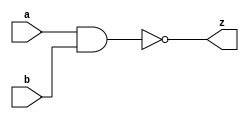
`timescale 1ns / 1ps
//////////////////////////////////////////////////////////////////////////////////
// Company: 
// Engineer: 
// 
// Design Name: 
// Module Name: SR_latch
// Project Name: 
// Target Devices: 
// Tool Versions: 
// Description: 
// 
// Dependencies: 
// 
// Revision:
// Revision 0.01 - File Created
// Additional Comments:
// 
//////////////////////////////////////////////////////////////////////////////////
module NAND_gate(input a, input b, output z);
    assign z = ~(a & b);
endmodule


module SR_latch(input S, input R, output Q, output Qn);
    //intermediate wires
    wire S_nand;
    wire R_nand;
    
    //instantuate NAND gates
    NAND_gate gate1(S,S,S_nand);
    NAND_gate gate2(R,R,R_nand);
    NAND_gate gate3(S_nand, Qn, Q);
    NAND_gate gate4(R_nand, Q, Qn);
endmodule

module SR_latch_EN(input S, input R, input EN, output Q, output Qn);
    //intermediate wires
    wire SEN;
    wire REN;
    
    NAND_gate gate1(S, EN, SEN);
    NAND_gate gate2(R, EN, REN);
    NAND_gate gate3(SEN, Qn, Q);
    NAND_gate gate4(REN, Q, Qn);
endmodule

module SR_flip_flop(input S, input R, input clk, output Q, output Qn);
    // intermediate wires
    wire clk_inv, clk_inv2;
    wire S_clkinv_nand, R_clkinv_nand;
    wire Q0, Qn0;
    wire Q0_clkinv2_nand, Qn0_clkinv2_nand;
    
    NAND_gate gate1(clk, clk, clk_inv);
    NAND_gate gate2(S, clk, S_clkinv_nand);
    NAND_gate gate3(R, clk, R_clkinv_nand);
    NAND_gate gate4(S_clkinv_nand, Qn0, Q0);
    NAND_gate gate5(R_clkinv_nand, Q0, Qn0);
    
    NAND_gate gate6(clk_inv, clk_inv, clk_inv2);
    NAND_gate gate7(Q0, clk_inv2, Q0_clkinv2_nand);
    NAND_gate gate8(Qn0, clk_inv2, Qn0_clkinv2_nand);
    NAND_gate gate9(Q0_clkinv2_nand, Qn, Q);
    NAND_gate gate10(Qn0_clkinv2_nand, Q, Qn);    
    
endmodule